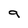
Character: 9